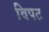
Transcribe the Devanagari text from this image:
विपट